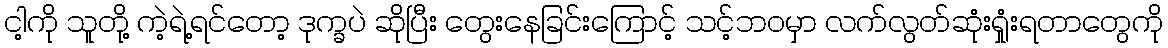
ငါ့ကို သူတို့ ကဲ့ရဲ့ရင်တော့ ဒုက္ခပဲ ဆိုပြီး တွေးနေခြင်းကြောင့် သင့်ဘဝမှာ လက်လွတ်ဆုံးရှုံးရတာတွေကို